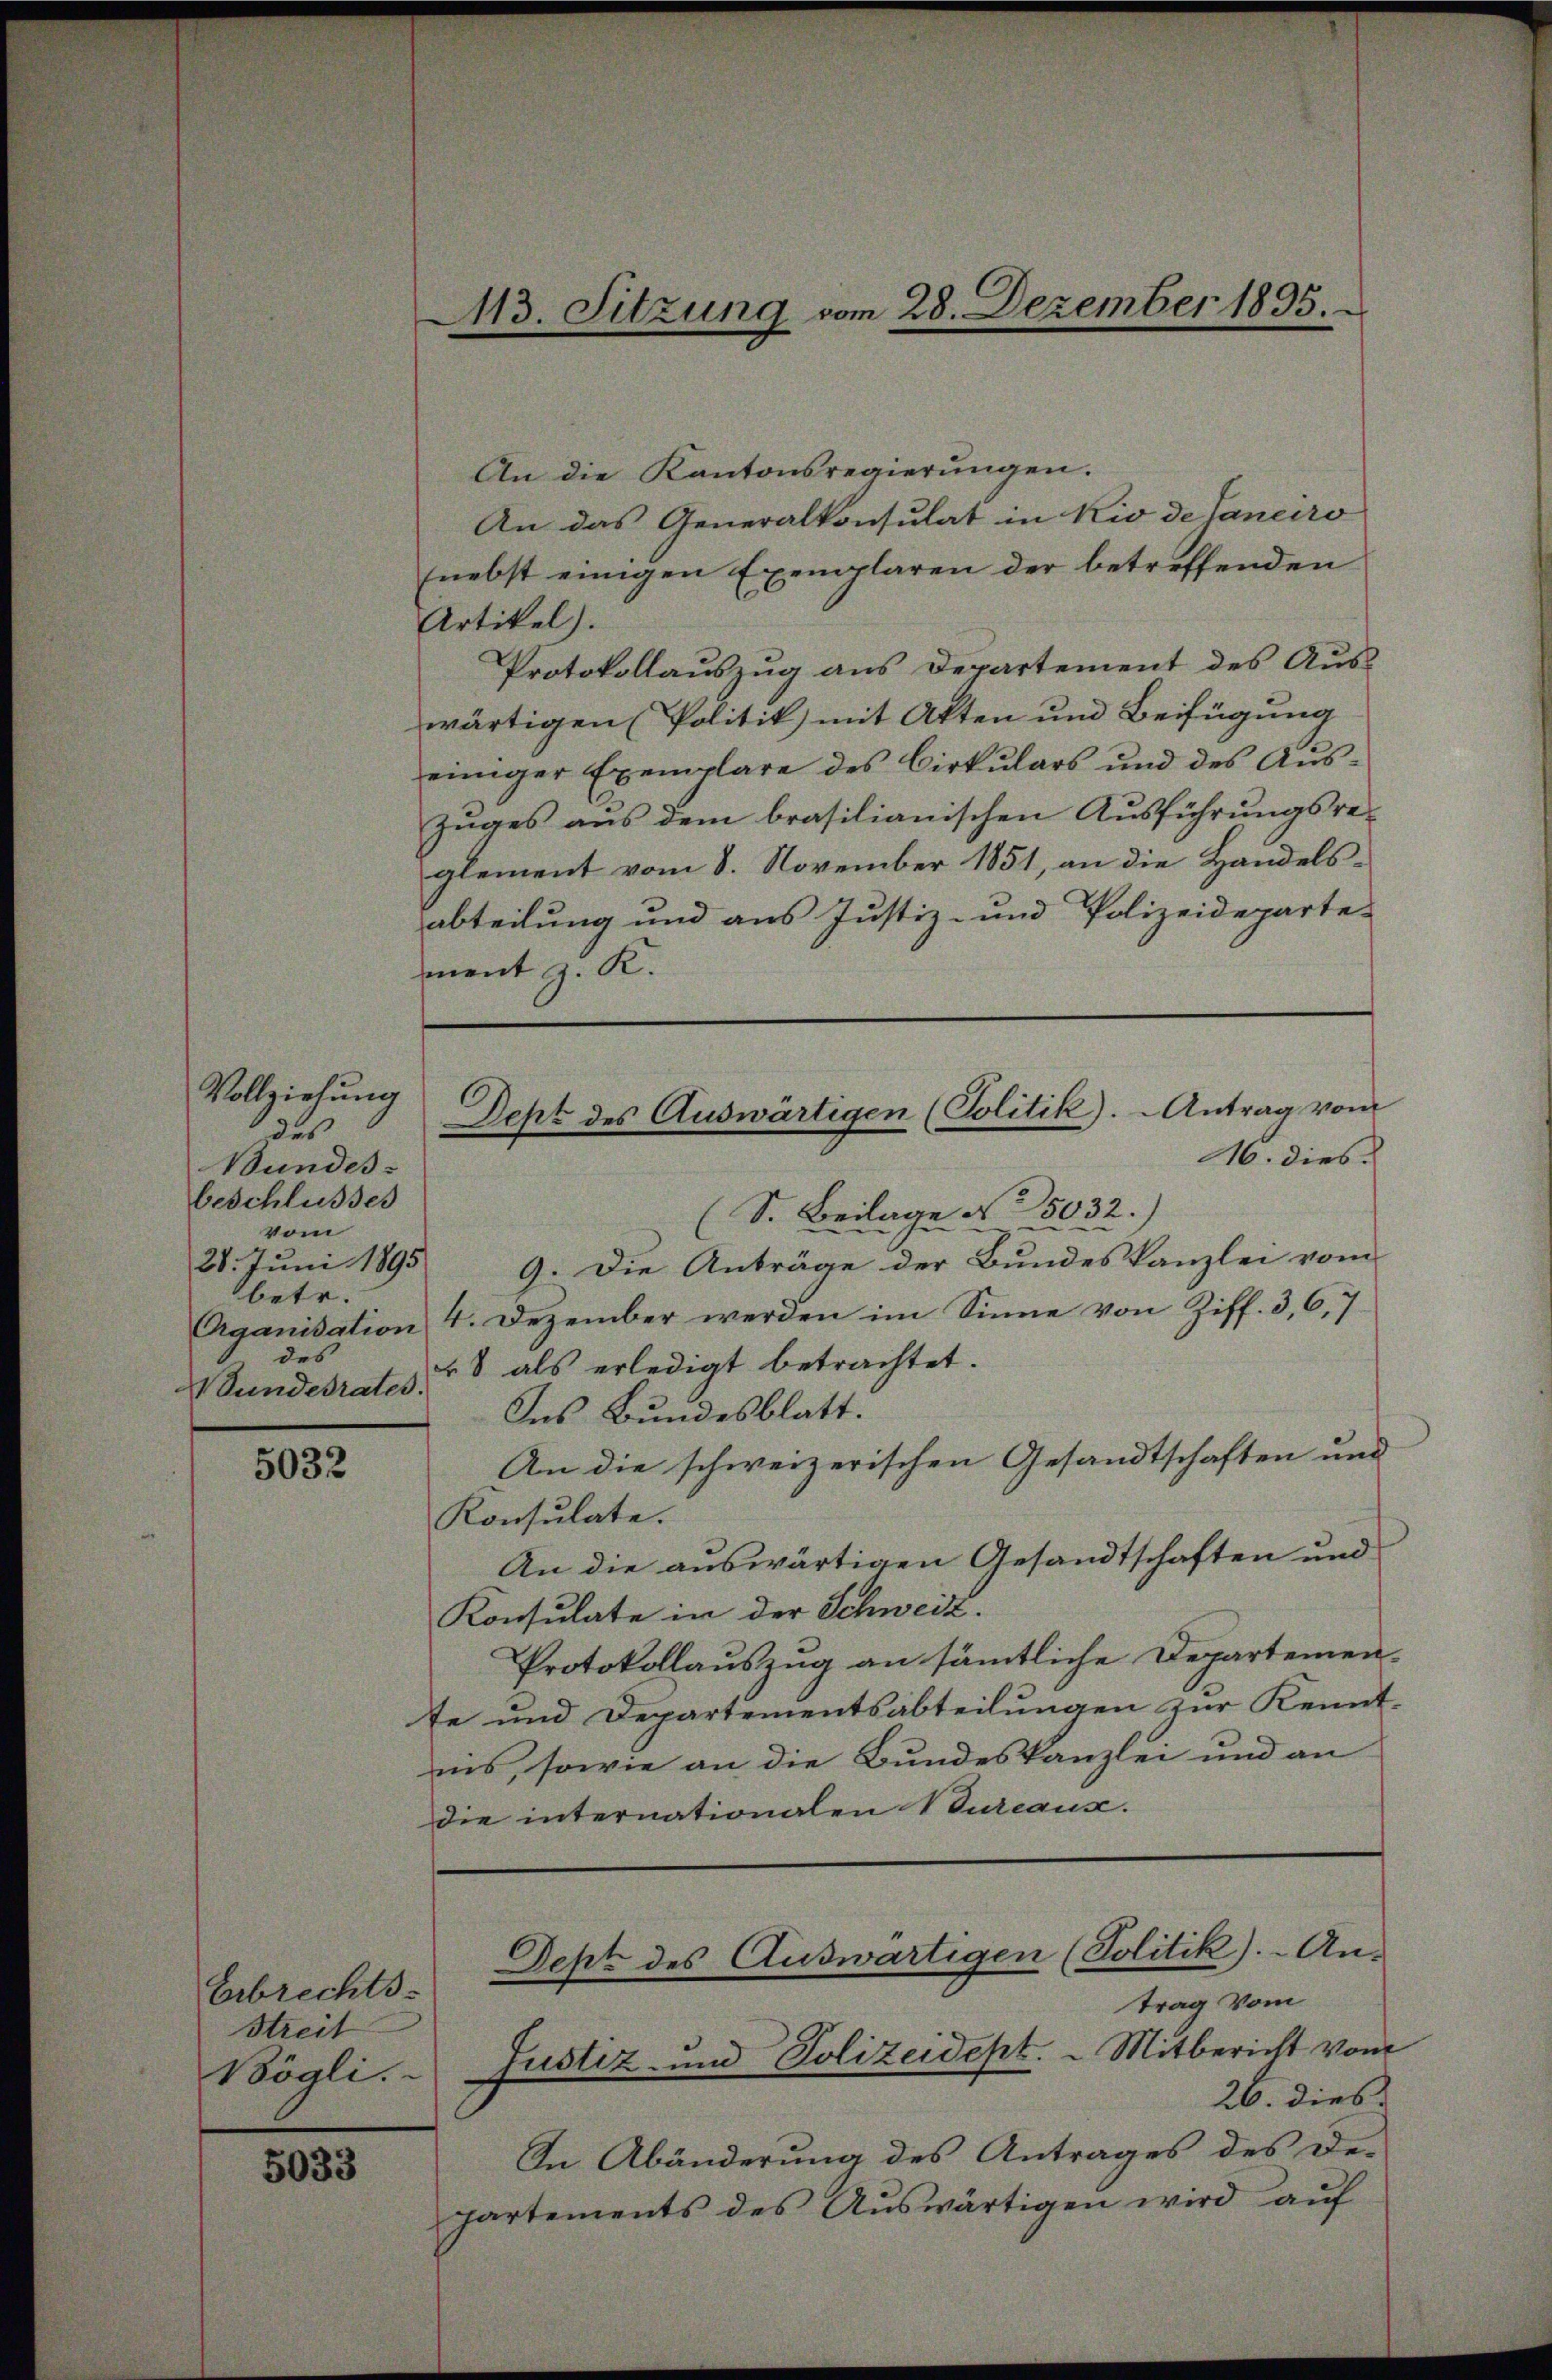
Vollziehung
des
Bundes:
beschlusses
vom
28. Juni 1895
betr.
des
Wundesrates.

5032

Erbrechts-
Streit
Bögli.

5033

ment z. K.

113. Sitzung vom 28. Dezember 1895.

An die Kantonsregierungen.
An das Generalkonsulat in Kio de Janeiro
(nebst einigen Exemplaren der betreffenden
Artikel).
Protokollauszug aus Departement des Aus-
wärtigen (Politik) mit Akten und Beifügung
einiger Exemplare des Cirkulars und des Aus¬
Zuges aus dem brasilianischen Ausführungsreglement vom 8. November 1851, an die Handelsabteilung und aus Justiz- und Polizeideparte-
(S. Beilage No 5032.)
9. Die Anträge der Bundeskanzlei vom
Aganisation 4. Dezember werden im Sinne von Ziff. 3, 6, 7
48 als erledigt betrachtet.
Ins Bundesblatt.
An die schweizerischen Gesandtschaften und
Konsulate.
An die auswärtigen Gesandtschaften und
Konsulate in der Schweiz.
Protokollauszug an sämmtliche Departemente und Departementsabteilungen zur Kennt-
nis, sowie an die Bundeskanzlei und an
die internationalen Bureaux.

Dept des Auswärtigen (Politik). Antrag vom
16. dies

In Abänderung des Antrages des De-
partements des Auswärtigen wird auf

Dept des Auswärtigen (Politik).- An-
trag vom
Justiz und Polizeidept. Mitbericht vom
26. dies